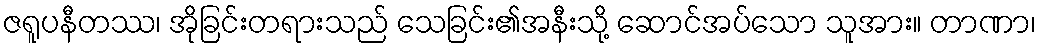
ဇရူပနီတဿ၊ အိုခြင်းတရားသည် သေခြင်း၏အနီးသို့ ဆောင်အပ်သော သူအား။ တာဏာ၊